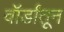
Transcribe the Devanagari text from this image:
वॉर्डांतून